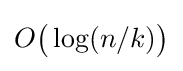
O{\bigl (}\log(n/k){\bigr )}